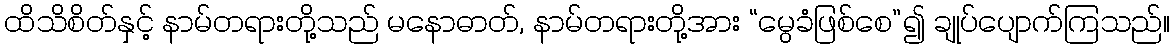
ထိသိစိတ်နှင့် နာမ်တရားတို့သည် မနောဓာတ်, နာမ်တရားတို့အား “မွေခံဖြစ်စေ”၍ ချုပ်ပျောက်ကြသည်။